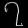
Digit: ၇